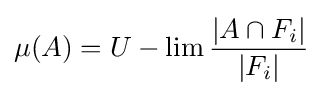
\mu (A)=U-\lim {|A\cap F_{i}| \over |F_{i}|}